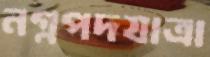
নগ্নপদযাত্রা